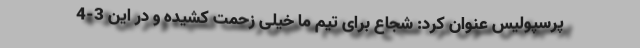
پرسپولیس عنوان کرد: شجاع برای تیم ما خیلی زحمت کشیده و در این 3-4